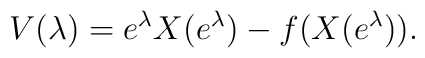
V(\lambda) = e^\lambda X(e^\lambda) - f(X(e^\lambda)).